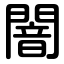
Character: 闇